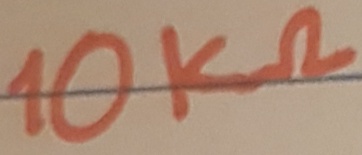
Text: 10KΩ